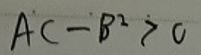
\[
AC - B^{2}>0
\]